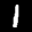
Label: 1